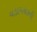
વડામથકની